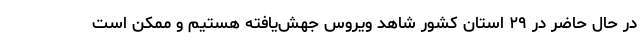
در حال حاضر در ۲۹ استان کشور شاهد ویروس‌ جهش‌یافته هستیم و ممکن است